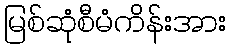
မြစ်ဆုံစီမံကိန်းအား